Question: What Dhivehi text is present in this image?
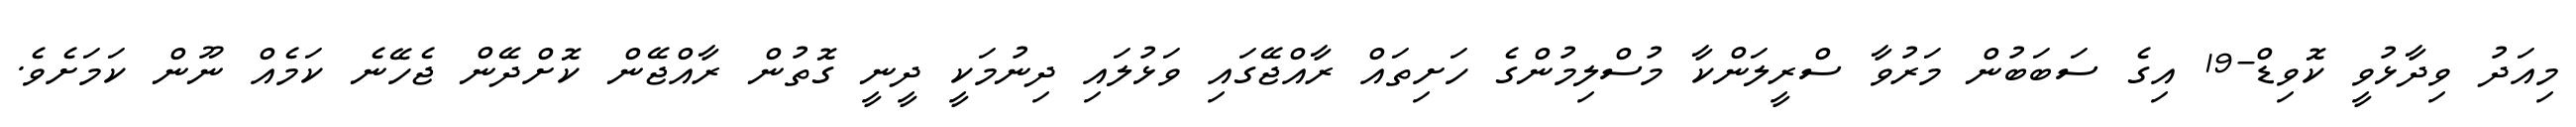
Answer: މިއަދު ވިދާޅުވީ ކޮވިޑް-19 އިގެ ސަބަބުން މަރުވާ ސްރީލަންކާ މުސްލިމުންގެ ހަށިތައް ރާއްޖޭގައި ވަޅުލައި ދިނުމަކީ ދީނީ ގޮތުން ރާއްޖޭން ކޮށްދޭން ޖެހޭނެ ކަމެއް ނޫން ކަމަށެވެ.